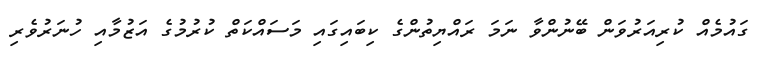
ގައުމެއް ކުރިއަރުވަން ބޭނުންވާ ނަމަ ރައްޔިތުންގެ ކިބައިގައި މަސައްކަތް ކުރުމުގެ އަޒުމާއި ހުނަރުވެރި